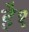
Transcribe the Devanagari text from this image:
है१